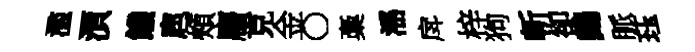
濫湏饑扈頰麕克金〇稾滛戽梓狗斬卻鷓脈珏